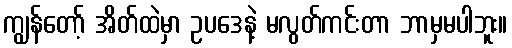
ကျွန်တော့် အိတ်ထဲမှာ ဥပဒေနဲ့ မလွတ်ကင်းတာ ဘာမှမပါဘူး။